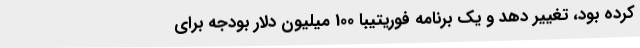
کرده بود، تغییر دهد و یک برنامه فوریتیبا 100 میلیون دلار بودجه برای